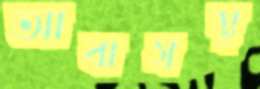
আবাসস্থ